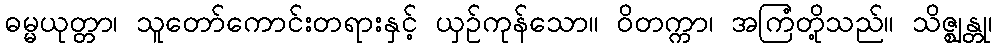
ဓမ္မယုတ္တာ၊ သူတော်ကောင်းတရားနှင့် ယှဉ်ကုန်သော။ ဝိတက္ကာ၊ အကြံတို့သည်။ သိဇ္ဈန္တု၊